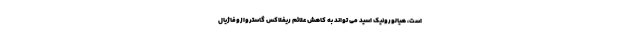
است، هیالورونیک اسید می تواند به کاهش علائم ریفلاکس گاستروازوفاژیال